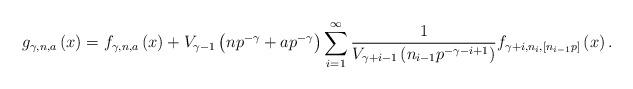
LaTeX: \begin{align*}g_{\gamma,n,a}\left(x\right)=f_{\gamma,n,a}\left(x\right)+V_{\gamma-1}\left(np^{-\gamma}+ap^{-\gamma}\right)\sum_{i=1}^{\infty}\dfrac{1}{V_{\gamma+i-1}\left(n_{i-1}p^{-\gamma-i+1}\right)}f_{\gamma+i,n_{i},\left[n_{i-1}p\right]}\left(x\right).\end{align*}